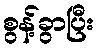
စွန့်ခွာပြီး